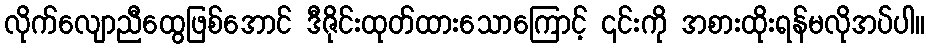
လိုက်လျောညီထွေဖြစ်အောင် ဒီဇိုင်းထုတ်ထားသောကြောင့် ၎င်းကို အစားထိုးရန်မလိုအပ်ပါ။